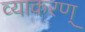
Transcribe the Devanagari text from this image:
व्याकरण्